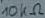
Text: 100Ω